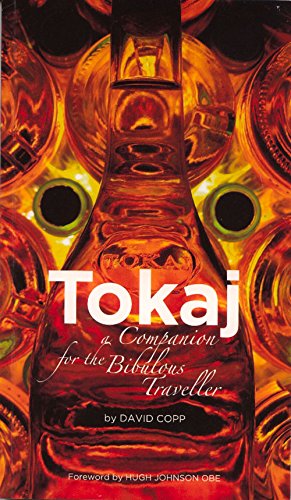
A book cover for Tokaj: A Companion for the Bibulous Traveller; David Copp; Travel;